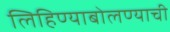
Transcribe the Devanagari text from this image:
लिहिण्याबोलण्याची